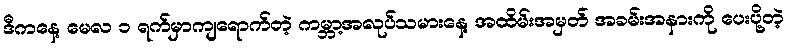
ဒီကနေ့ မေလ ၁ ရက်မှာကျရောက်တဲ့ ကမ္ဘာ့အလုပ်သမားနေ့ အထိမ်းအမှတ် အခမ်းအနားကို ပေးပို့တဲ့